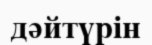
дәйтүрін